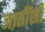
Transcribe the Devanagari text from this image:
जातींशीं